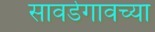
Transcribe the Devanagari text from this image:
सावर्डेगावच्या